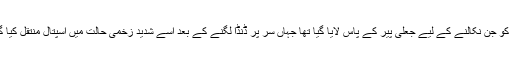
سجاد آباد کی رہائشی خاتون کو جن نکالنے کے لیے جعلی پیر کے پاس لایا گیا تھا جہاں سر پر ڈنڈا لگنے کے بعد اُسے شدید زخمی حالت میں اسپتال منتقل کیا گیا تاہم وہ جانبر نہ ہوسکیں ۔